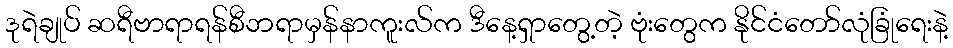
ဒုရဲချုပ် ဆရီဗာရာရန်စီဘရာမှန်နာကူးလ်က ဒီနေ့ရှာတွေ့တဲ့ ဗုံးတွေက နိုင်ငံတော်လုံခြုံရေးနဲ့